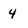
Character: 4